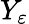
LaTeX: Y_{\varepsilon}